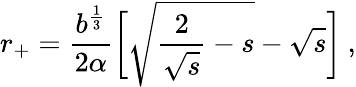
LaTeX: r_{+}=\frac{b^{\frac 13}}{2\alpha}{\biggl[}\sqrt{\frac{2}{\sqrt{s}}-s}-\sqrt{s}{\biggr]}\: ,